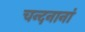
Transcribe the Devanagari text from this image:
चन्दनानां